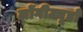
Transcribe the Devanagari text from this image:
लोंगीट्यूडों